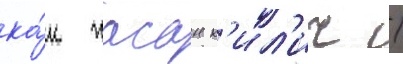
ка́к хасан к'ил'ич /